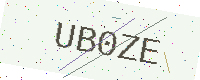
Text: UB0ZE